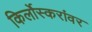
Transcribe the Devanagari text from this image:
किर्लोस्करांवर